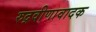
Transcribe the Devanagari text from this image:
रुद्रवीणावादक